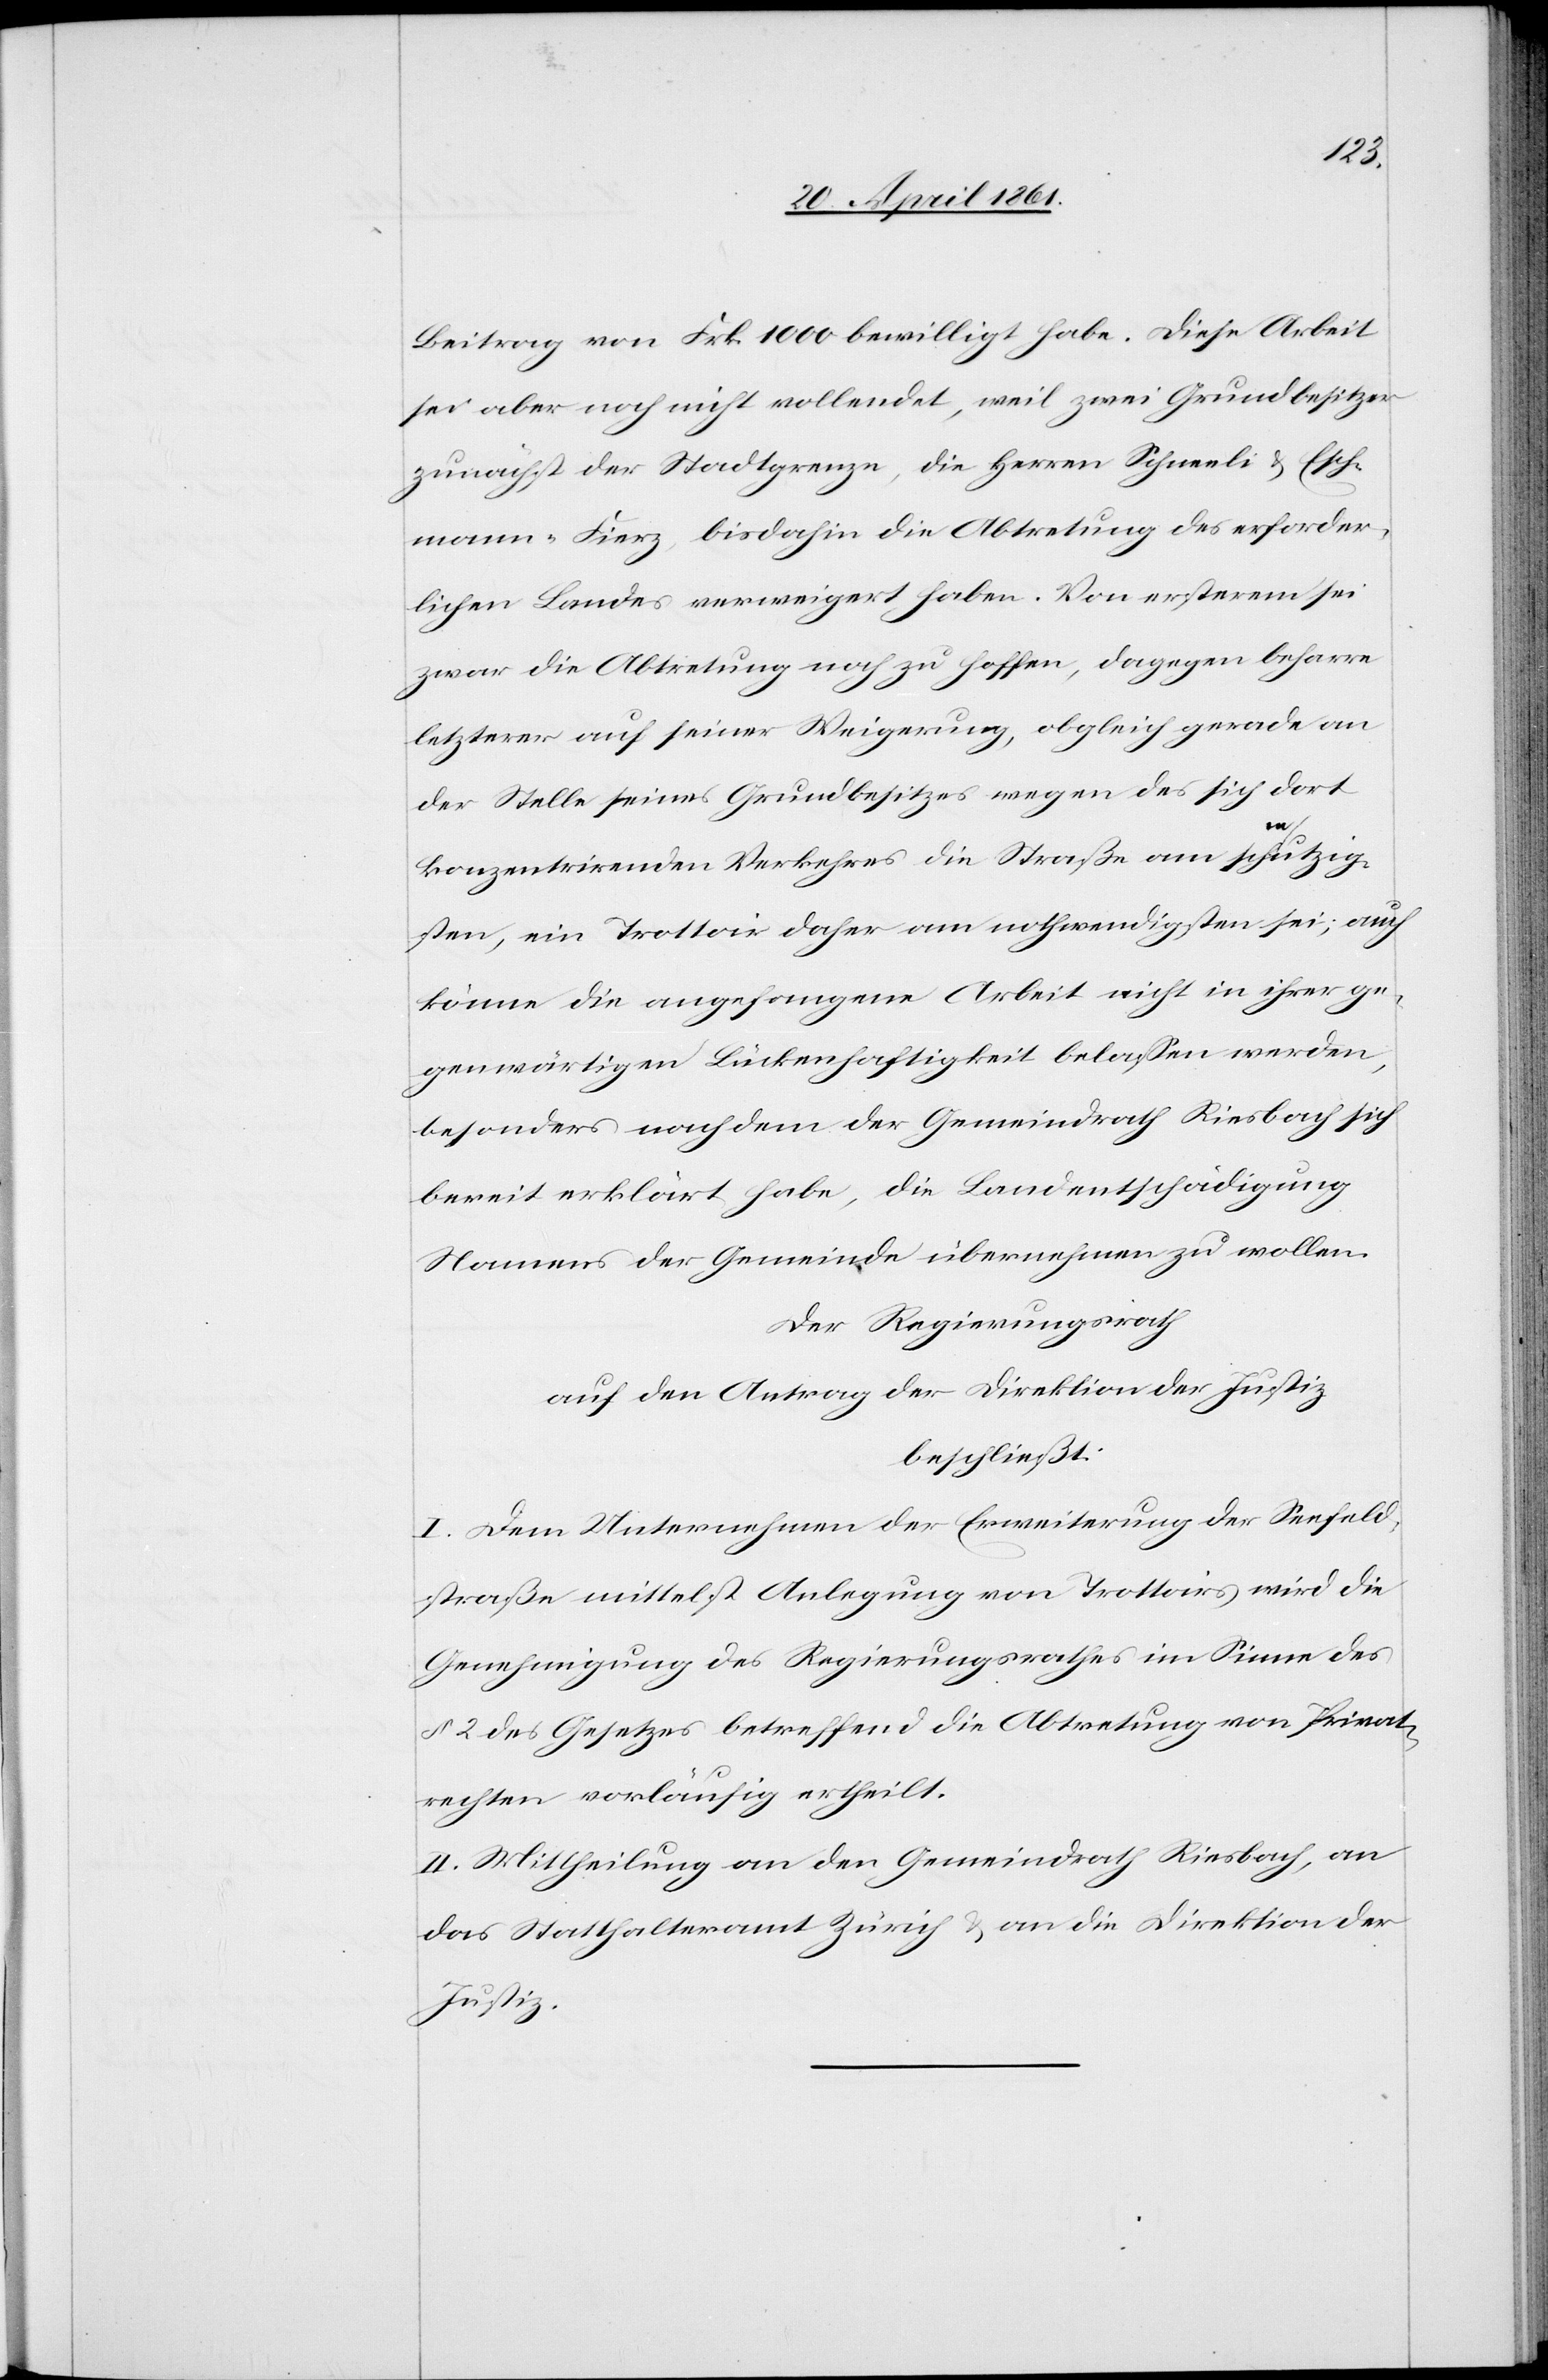
Beitrag von Frk. 1000 bewilligt habe. Diese Arbeit
sei aber noch nicht vollendet, weil zwei Grundbesitzer
zunächst der Stadtgrenze, die Herren Schneeli u. Esch¬
mann-Fierz, bis dahin die Abtretung des erforder¬
lichen Landes verweigert haben. Von ersterem sei
zwar die Abtretung noch zu hoffen, dagegen beharre
letzterer auf seiner Weigerung, obgleich gerade an
der Stelle seines Grundbesitzes wegen des sich dort
konzentrirenden Verkehres die Straße am schmutzig¬
sten, ein Trottoir daher am nothwendigsten sei; auch
könne die angefangene Arbeit nicht in ihrer ge¬
genwärtigen Lückenhaftigkeit belassen werden,
besonders nachdem der Gemeindrath Riesbach sich
bereit erklärt habe, die Landentschädigung
Namens der Gemeinde übernehmen zu wollen.
Der Regierungsrath
auf den Antrag der Direktion der Justiz
beschließt:
I. Dem Unternehmen der Erweiterung der Seefeld¬
straße mittelst Anlegung von Trottoirs wird die
Genehmigung des Regierungsrathes im Sinne des
§ 2 des Gesetzes betreffend die Abtretung von Privat¬
rechten vorläufig ertheilt.
II. Mittheilung an den Gemeindrath Riesbach, an
das Statthalteramt Zürich u. an die Direktion der
Justiz.